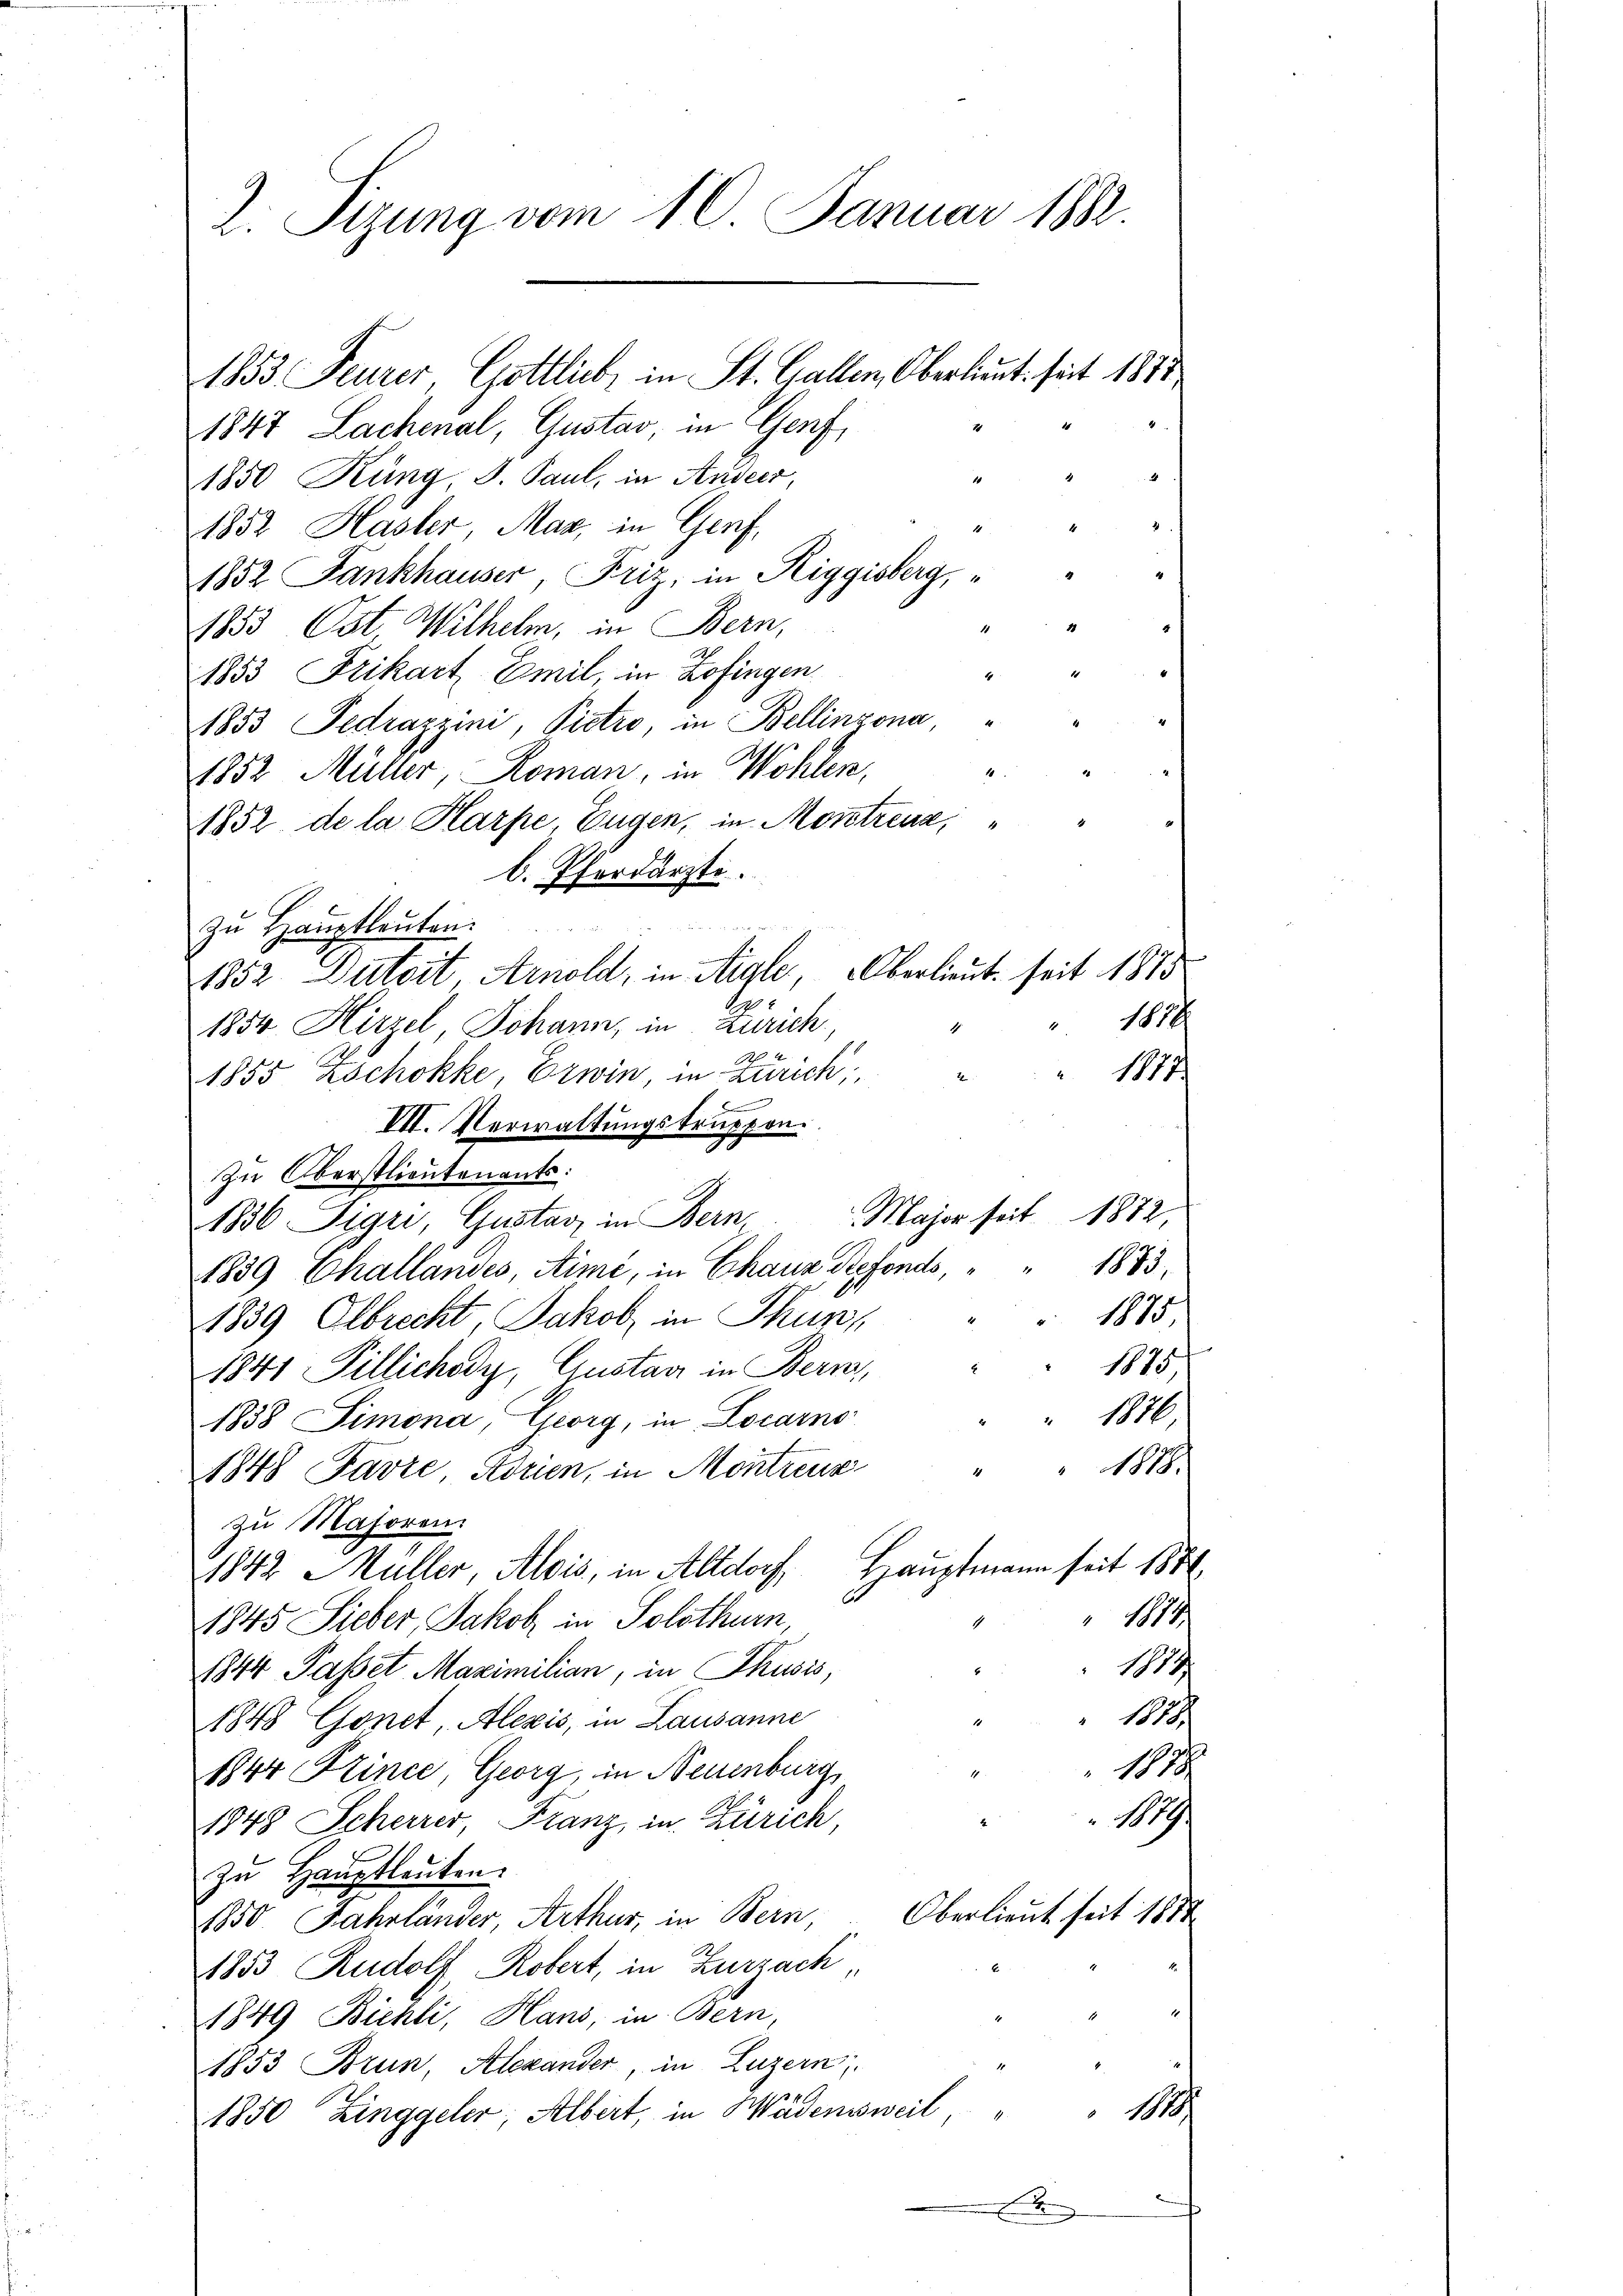
2. Sizung vom 10. Januar 1882
1853 Feurer, Gottlich, in St. Gallen, Oberlieut. seit 1875
1847 Lachenal, Gustav, in Genf,

1
1850 Küng, S. Paul, in Anders,
1852 Hasler, Mar, in Genf,
1852 Fankhauser, Friz, in Riggisberg,
1853 Ost Wilhelm, in Bern,
1853 Frikart Emil, in Zofingen
1853 Fedrazzini, Pietro, in Bellinzona
1852 Müller, Roman, in Wohlen,
1852 de la Karpe Eugen, in Moritzena,
b. Pferdärzte.

zu Hauptleuten
1852 Dutoit Arnold, in Aigle, Oberlieut. seit 1815
1879
1850 Hirzel Johann, in Zürich
1
1877
2
1855 Zschokke, Erwin, in Zürich
VII. Verwaltungstruppen.
Zu Oberstlieutenants:
Major seit 1872,
1836 Sigri, Gustav in Bern
1839 Challandes, Sime, in Chaus Refonds, " " 1883.
1875
1839 Albrecht Jakob, in Thun,
E
1875
1841 Pillichody, Gustan in Bern,
1876
1838 Simona, Georg, in Locarno
1878.
1848 Favre Korien, in Montreuz
zu Majoren.
1842 Müller Alois, in Altdorf, Hauptmann seit 1884
1874
1845 Sieber, Jakob in Solothurn,
1
1844 Passet Maximilian, in Thusis,
18
1
1848 Gonet, Alexis, in Lausanne
1878
1844 Kzince, Georg, in Neuenburg
189
1848 Scherrer, Franz, in Zürich,
Zu Hauptleuten.
Oberlieut seit 1888
1850. Fahrländer, Arthur, in Bern,
E
1853 Rudolf Robert, in Zurzach
1849 Bichli, Hans, in Bern,
1853 Brun, Alexander, in Luzern
1
1850 Zinggeler, Albert, in Wädensweil